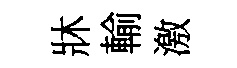
牀輸激